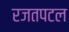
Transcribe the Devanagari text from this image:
रजतपटल